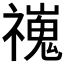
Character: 𫀢